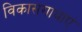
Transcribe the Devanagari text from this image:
विकासगाथाएं